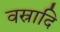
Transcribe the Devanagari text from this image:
वस्रादि